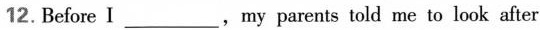
12. Before I___,my parents told me to look after